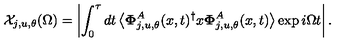
\mathcal { X } _ { j , u , \theta } ( \Omega ) = \left| \int _ { 0 } ^ { \tau } d t \left\langle \mathbf { \Phi } _ { j , u , \theta } ^ { A } ( x , t ) ^ { \dagger } x \mathbf { \Phi } _ { j , u , \theta } ^ { A } ( x , t ) \right\rangle \exp i \Omega t \right| .